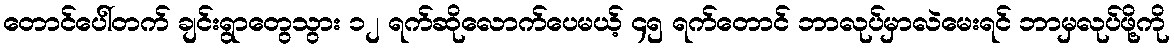
တောင်ပေါ်တက် ချင်းရွာတွေသွား ၁၂ ရက်ဆိုလောက်ပေမယ့် ၄၅ ရက်တောင် ဘာလုပ်မှာလဲမေးရင် ဘာမှလုပ်ဖို့ကို